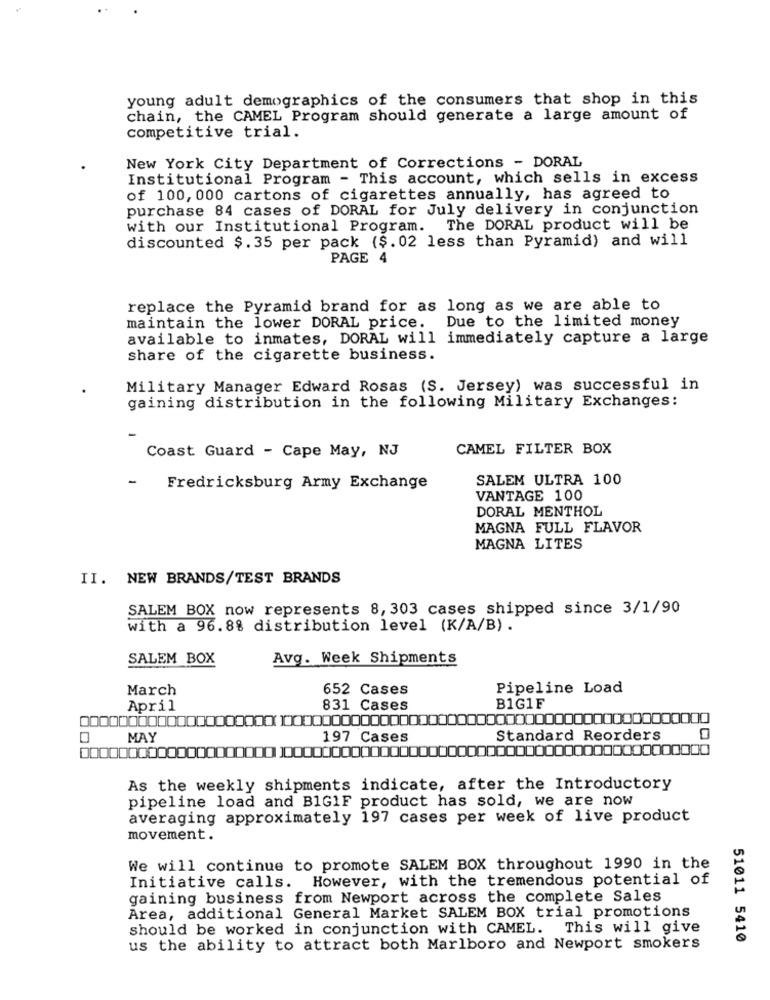
young adult demographics of the consumers that shop in this
chain, the CAMEL Program should generate a large amount of
competitive trial.
New York City Department of Corrections - DORAL
Institutional Program - This account, which sells in excess
of 100, 000 cartons of cigarettes annually, has agreed to
purchase 84 cases of DORAL for July delivery in conjunction
with our Institutional Program. The DORAL product will be
discounted $.35 per pack ($. 02 less than Pyramid) and will
PAGE 4
replace the Pyramid brand for as long as we are able to
Due to the limited money
maintain the lower DORAL price.
available to inmates, DORAL will immediately capture a large
share of the cigarette business.
Military Manager Edward Rosas (S. Jersey) was successful in
gaining distribution in the following Military Exchanges:
Coast Guard - Cape May, NJ
CAMEL FILTER BOX
SALEM ULTRA 100
Fredricksburg Army Exchange
VANTAGE 100
DORAL MENTHOL
MAGNA FULL FLAVOR
MAGNA LITES
II. NEW BRANDS/TEST BRANDS
SALEM BOX now represents 8, 303 cases shipped since 3/1/90
with a 96.8% distribution level (K/A/B).
SALEM BOX
Avg. Week Shipments
March
652 Cases
Pipeline Load
April
831 Cases
B1G1F
MAY
197 Cases
Standard Reorders
As the weekly shipments indicate, after the Introductory
pipeline load and B1G1F product has sold, we are now
averaging approximately 197 cases per week of live product
movement.
We will continue to promote SALEM BOX throughout 1990 in the
Initiative calls. However, with the tremendous potential of
gaining business from Newport across the complete Sales
Area, additional General Market SALEM BOX trial promotions
should be worked in conjunction with CAMEL. This will give
51011 5410
us the ability to attract both Marlboro and Newport smokers